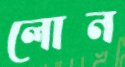
লোন